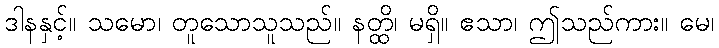
ဒါနနှင့်။ သမော၊ တူသောသူသည်။ နတ္ထိ၊ မရှိ။ ဧသာ၊ ဤသည်ကား။ မေ၊